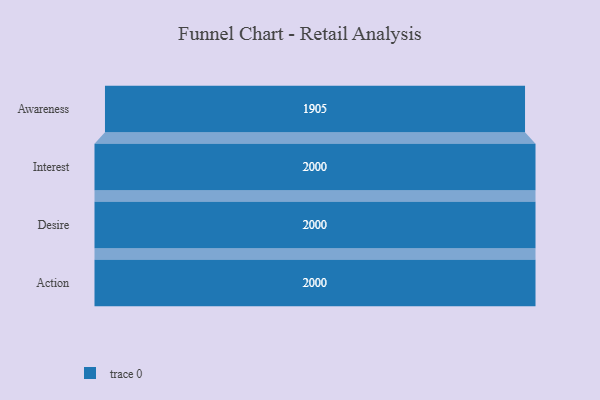
{"axis": {"x": "Stage", "y": "Value"}, "legend": [""], "data": [{"x": "Awareness", "y": 1905.0, "type": ""}, {"x": "Interest", "y": 2000, "type": ""}, {"x": "Desire", "y": 2000, "type": ""}, {"x": "Action", "y": 2000, "type": ""}]}